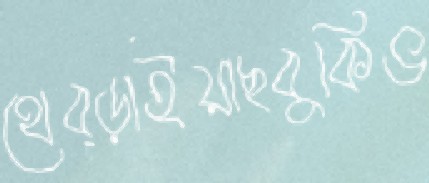
থেব্‌ড়াইয়াছবুকিভ